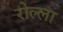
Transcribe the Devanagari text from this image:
रोल्ला